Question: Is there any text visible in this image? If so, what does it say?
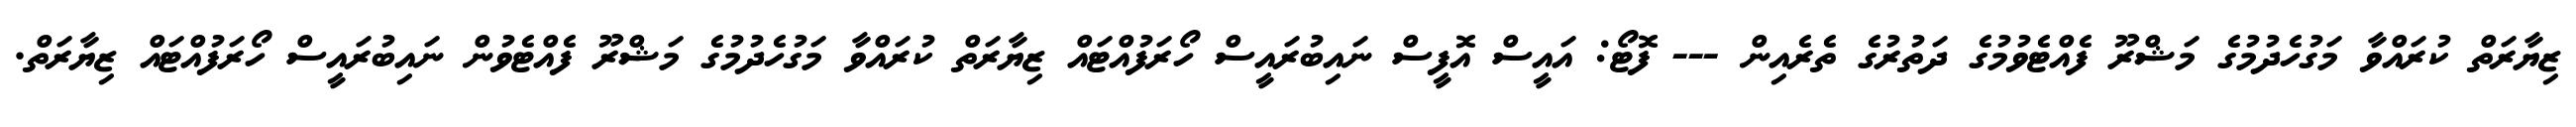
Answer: ޒިޔާރަތް ކުރައްވާ މަގުހެދުމުގެ މަޝްރޫ ފެއްޓެވުމުގެ ދަތުރުގެ ތެރެއިން --- ފޮޓޯ: އައީސް އޮފީސް ނައިބުރައީސް ހޯރަފުއްޓައް ޒިޔާރަތް ކުރައްވާ މަގުހެދުމުގެ މަޝްރޫ ފެއްޓެވުން ނައިބުރައީސް ހޯރަފުއްޓައް ޒިޔާރަތް.